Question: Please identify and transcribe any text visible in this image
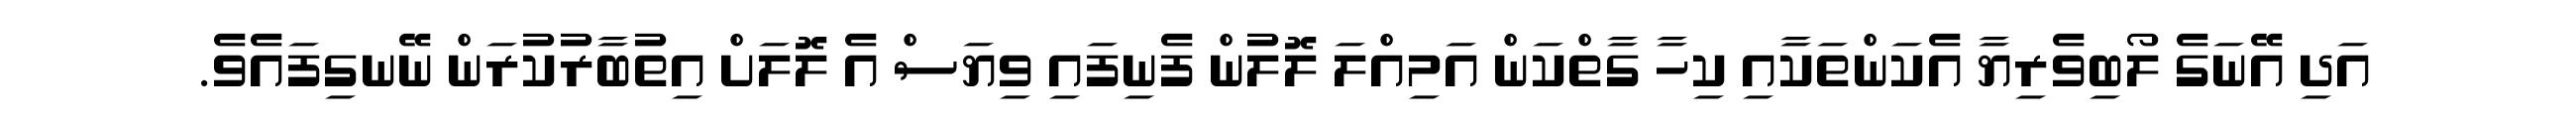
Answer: އަދި އޭނަގެ ލޯބިވެރިޔާ އެކަންތަކާއި ކިހާ ގާތްކަން އަމިއްލަ ލޮލުން ފެނިފައި ވިޔަސް އެ ލޮލަށް އިތުބާރުކުރަން ނޭނގިފައެވެ.